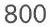
800